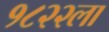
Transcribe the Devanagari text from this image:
१८२२ला